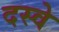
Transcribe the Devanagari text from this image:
दस्वे